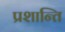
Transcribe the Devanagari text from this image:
प्रशान्ति